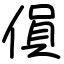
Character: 傊